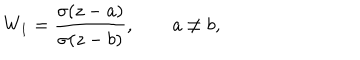
LaTeX: W _ { 1 } = \frac { \sigma ( z - a ) } { \sigma ( z - b ) } , \qquad a \ne b ,